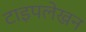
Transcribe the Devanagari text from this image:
टाइपलेखन